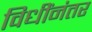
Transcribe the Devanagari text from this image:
विधींनंतर